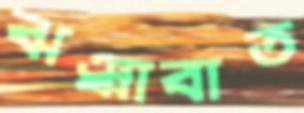
ঝঞ্ঝাবাত